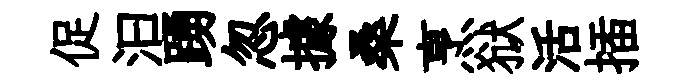
促汩踴忽據桑烹狱活插